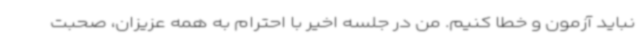
نباید آزمون و خطا کنیم. من در جلسه اخیر با احترام به همه عزیزان، صحبت